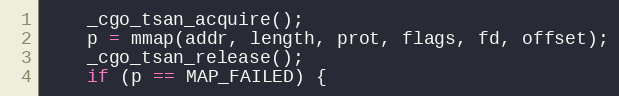
Language: C
	_cgo_tsan_acquire();
	p = mmap(addr, length, prot, flags, fd, offset);
	_cgo_tsan_release();
	if (p == MAP_FAILED) {